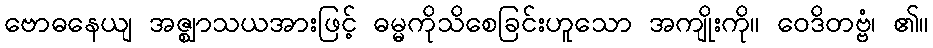
ဗောဓနေယျ အဇ္ဈာသယအားဖြင့် ဓမ္မကိုသိစေခြင်းဟူသော အကျိုးကို။ ဝေဒိတဗ္ဗံ၊ ၏။